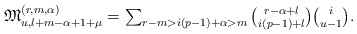
\begin{align*}\textstyle \mathfrak M^{(r,m,\alpha)}_{u,l+m-\alpha+1+\mu} & \textstyle = \sum_{r - m > i(p-1) + \alpha > m} {r-\alpha+l \choose i(p-1) +l} {i \choose u-1}.\end{align*}